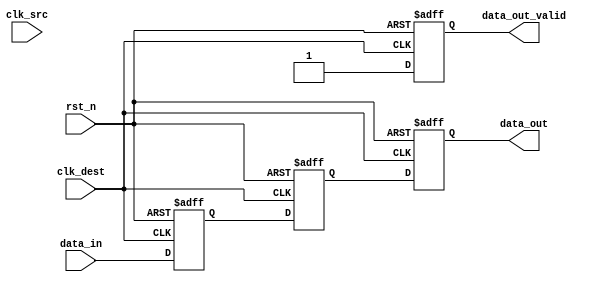
module memory_blocks_pipeline_synchronizer #(
    parameter DATA_WIDTH = 8 // Parameter for data width
)(
    input wire [DATA_WIDTH-1:0] data_in,      // Input data
    input wire clk_src,                        // Source clock
    input wire clk_dest,                       // Destination clock
    input wire rst_n,                          // Asynchronous active-low reset
    output reg [DATA_WIDTH-1:0] data_out,     // Synchronized output data
    output reg data_out_valid                   // Output valid signal
);

    // Pipeline registers
    reg [DATA_WIDTH-1:0] sync_reg1;
    reg [DATA_WIDTH-1:0] sync_reg2;

    // Synchronization logic
    always @(posedge clk_dest or negedge rst_n) begin
        if (!rst_n) begin
            sync_reg1 <= {DATA_WIDTH{1'b0}};
            sync_reg2 <= {DATA_WIDTH{1'b0}};
            data_out <= {DATA_WIDTH{1'b0}};
            data_out_valid <= 1'b0;
        end else begin
            sync_reg1 <= data_in;          // Capture data from source clock domain
            sync_reg2 <= sync_reg1;        // Pass data to the next stage
            data_out <= sync_reg2;         // Output the synchronized data
            data_out_valid <= 1'b1;        // Indicate that output data is valid
        end
    end

endmodule